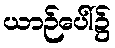
ယာဉ်ပေါ်၌